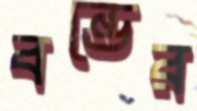
বন্ডের